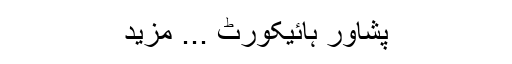
پشاور ہائیکورٹ ... مزید